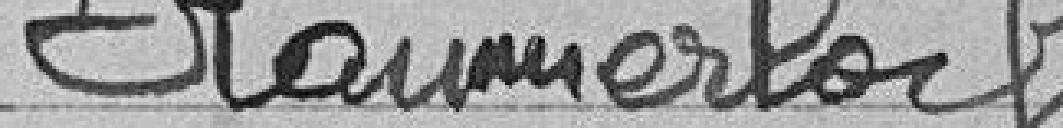
Kaumerlocha